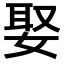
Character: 娶